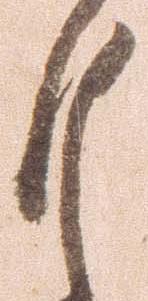
月